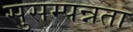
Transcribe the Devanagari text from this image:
सुसम्पन्नता